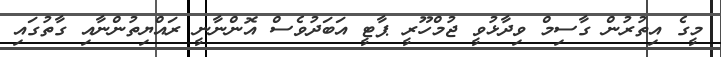
މީގެ އިތުރުން ގާސިމް ވިދާޅުވީ ޖުމްހޫރީ ޕާޓީ އަބަދުވެސް އޮންނާނީ ރައްޔިތުންނާއި ގާތުގައި